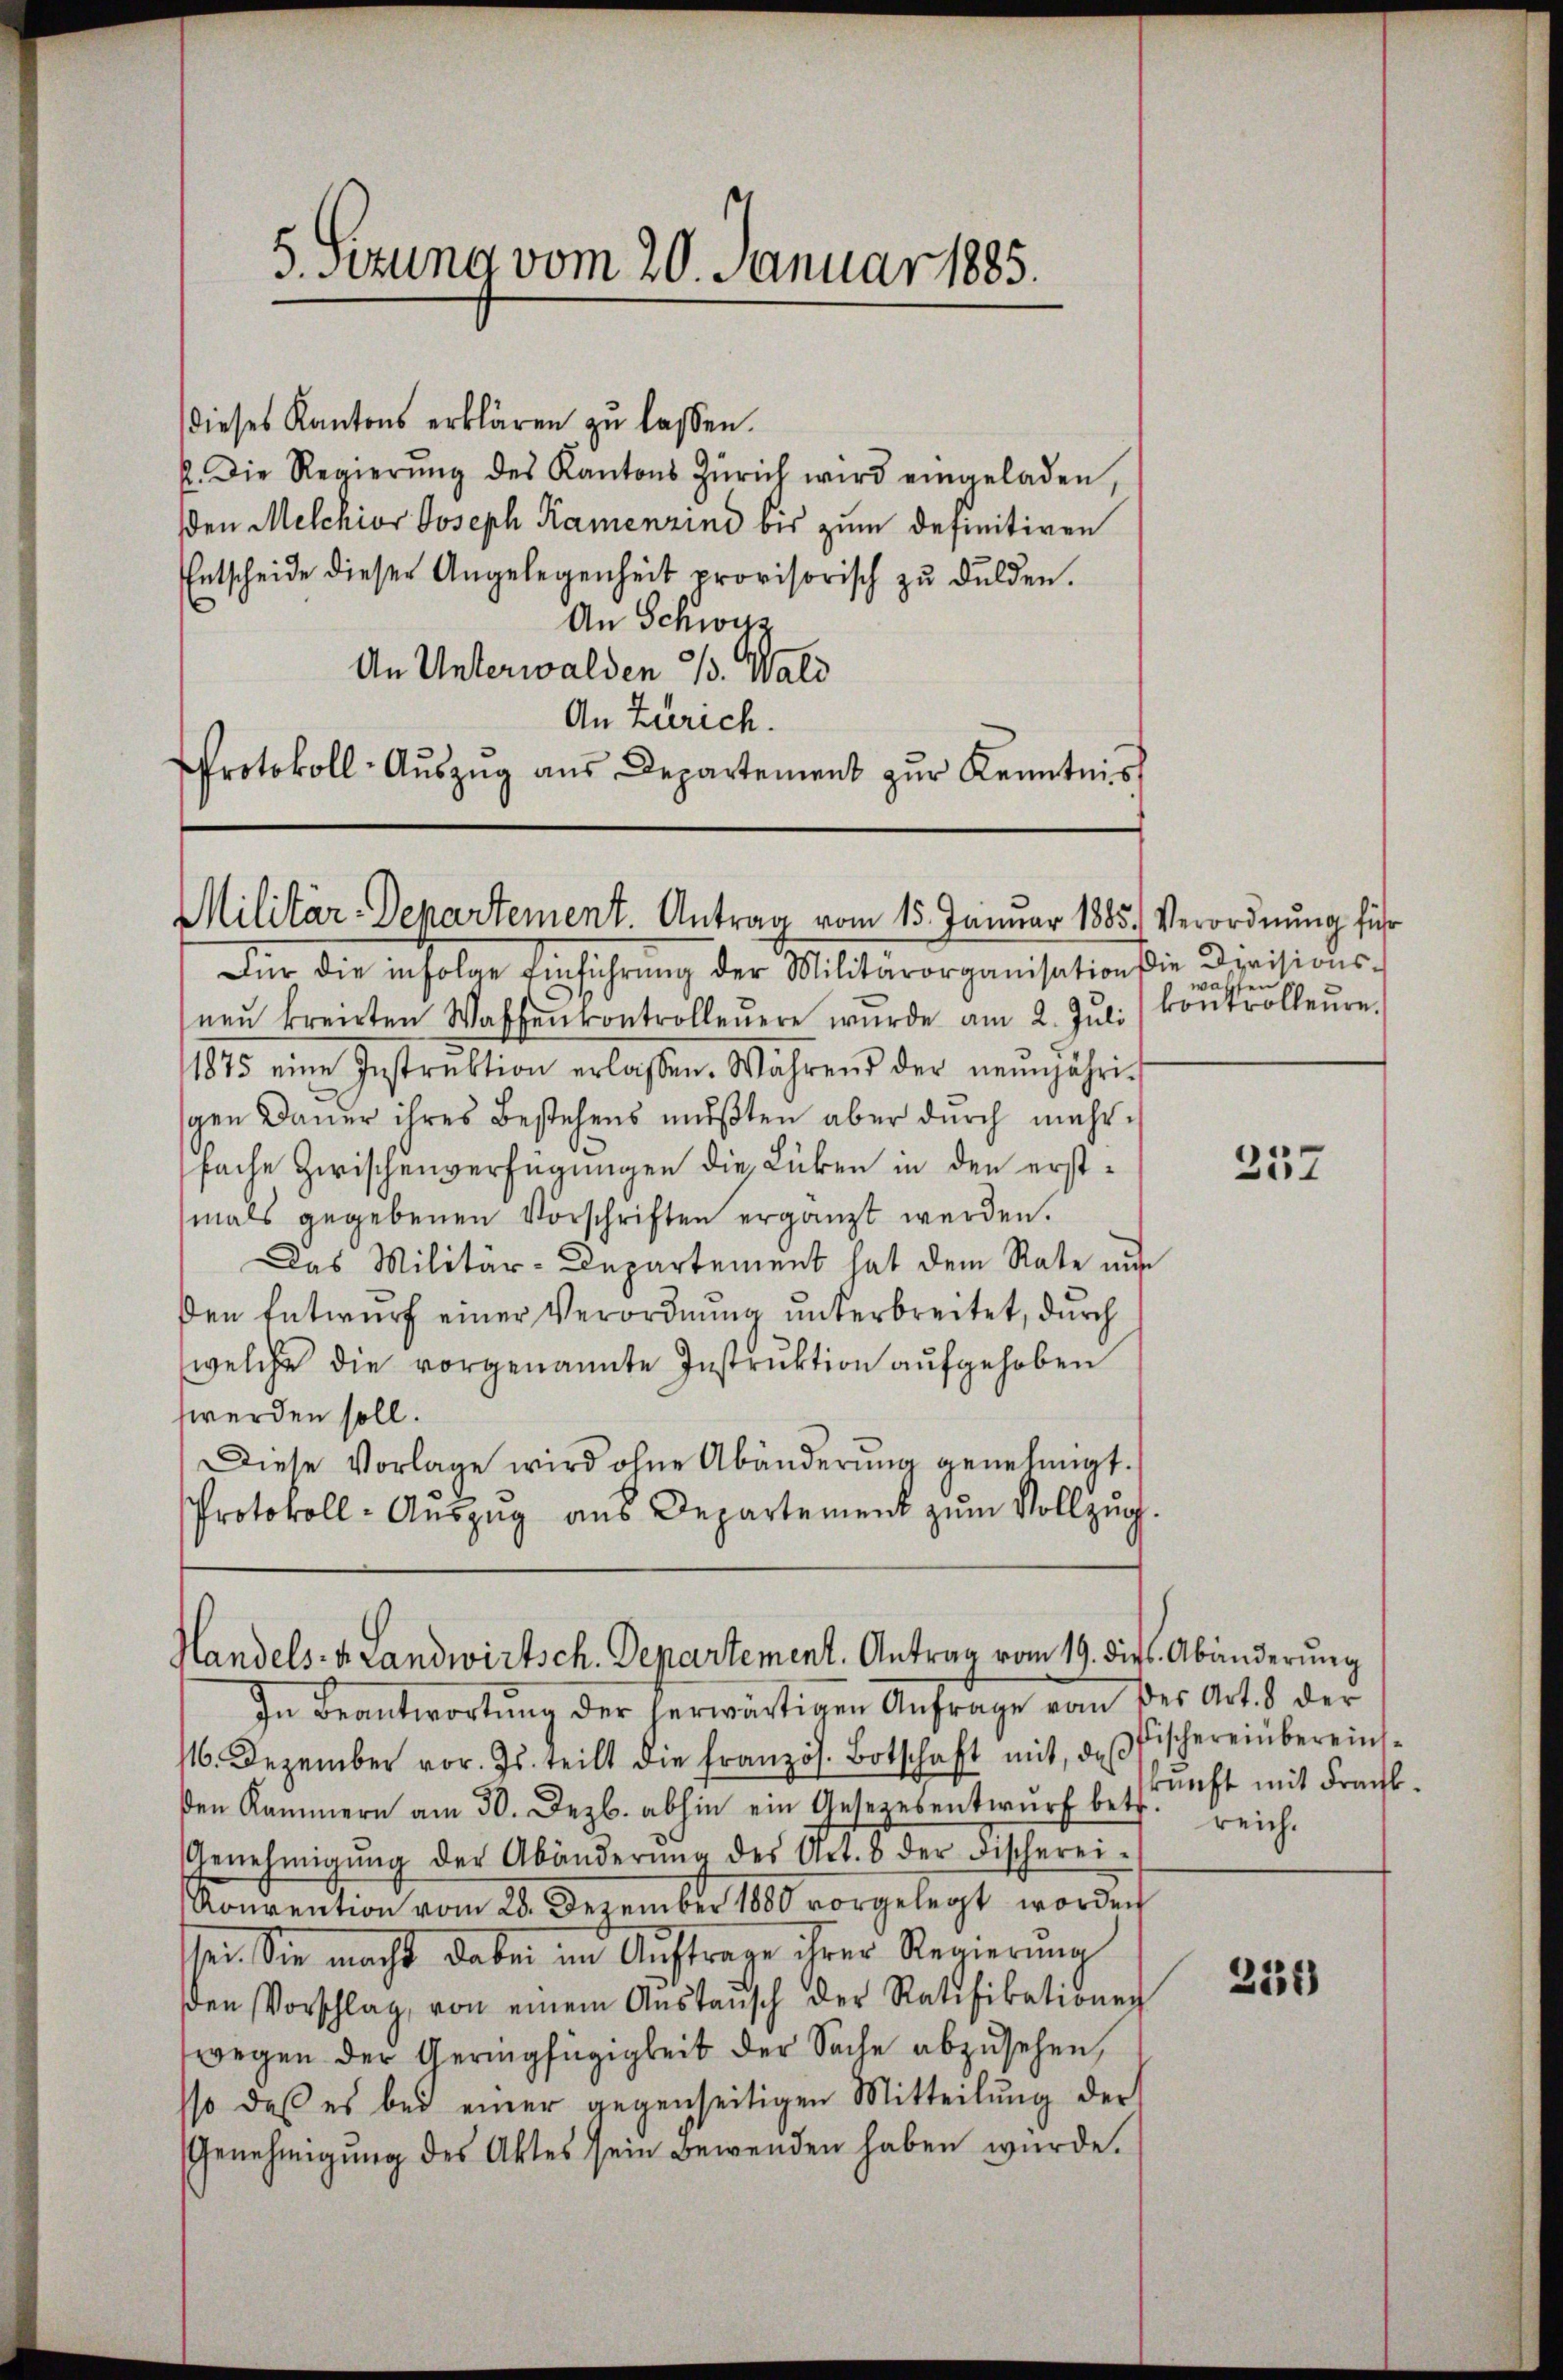
dieses Kantons erklären zu lassen.
2. Die Regierŭng des Kantons Zürich wird eingeladen,
den Melchior Joseph Ramenzind bis zum definitiven
Entscheide dieser Angelegenheit provisorisch zŭ dulden.
An Schweiz
An Unterwalden 1/3. Wald
An Zürich.
Protokoll-Auszug aus Departement zur Kenntnis

S.Sttung vom 20. Januar 1885.

Militär-Departement. Antrag vom 15. Januar 1885. Verordnung führ

Für die infolge Einführŭng der Militärorganisation sie Devisions-
neŭ kreisten Waffenkontrolleŭere wurde am 2. Juli
1875 eine Instruktion erlassen. Während der neŭnjähri-
gen Dauer ihres Bestehens mußten aber durch mehrfache Zwischenverfügungen die Lücken in den erstmals gegebenen Vorschriften ergänzt werden.
Das Militär-Departement hat dem Rate nu
Den Entwurf einer Verordnung unterbreitet, durch
welche die vorgenannte Instruktion aufgehoben
werden soll.
Diese Vorlage wird ohne Abänderŭng genehmigt.
Protokoll- Auszug aus Departement zum Vollzug.

Handels- u. Landwirtsch. Departement. Antrag vom 19. dit. Abänderŭng

In Beantwortŭng der herwärtigen Anfrage von der Art. 8 der
116. Dezember vor. Js. teilt die französ. Botschaft mit, daß fischereinbereinsden Kammern am 30. Dezb. abhin ein Gesezesentwŭrf betr. unft mit Frank-
Genehmigŭng der Abänderŭng des Art. 8 der Fischerei-
Konvention vom 28. Dezember 1880 vorgelegt worden
pe. Sie macht dabei im Auftrage ihrer Regierung
den Vorschlag, von einem Anstaŭsch der Ratifikationen
wegen der Geringfügigkeit der Sache abzusehen,
sso daß es bei einer gegenseitigen Mitteilŭng der
Genehmigŭng des Aktes sein Bewenden haben würde.

walchen
kontrolleure.

257

reich.

256)